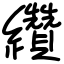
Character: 纘